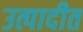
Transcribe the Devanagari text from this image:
उत्पादीत